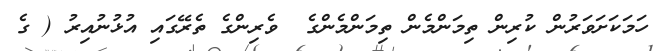
ހަމަކަށަވަރުން ކުރިން ތިމަންމެން ތިމަންމެންގެ  ވެރިންގެ ތެރޭގައި އުޅުނުއިރު ( ގެ